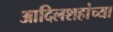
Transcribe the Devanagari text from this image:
आदिलशहांच्या